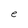
Character: e